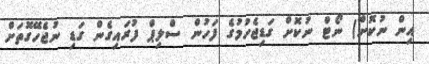
އިން ނުކޮށް) ނޯޓް ނުކޮށް ގަޑިޖެހުމުގެ ފަހުން ސްލިޕް ފުރައިގެން ގަޑި ނުޖެހޭގޮތަށް